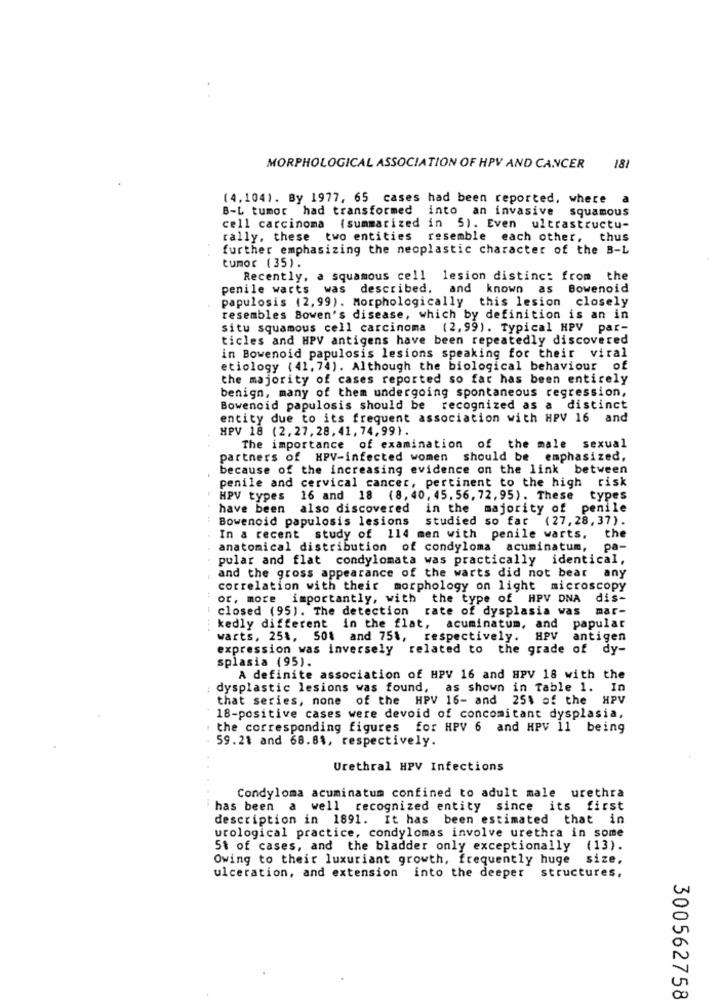
MORPHOLOGICAL ASSOCIATION OF HPV AND CANCER 181
(4,104). By 1977, 65 cases had been reported, where a
B-L tumor had transformed
into an invasive squamous
cell carcinoma (summarized in 5). Even ultrastructu-
rally, these two entities resemble each other, thus
further emphasizing the neoplastic character of the B-L
tumor (35).
Recently, a squamous cell lesion distinc: from the
penile warts was described. and known as Bowenoid
papulosis (2, 99). Morphologically this lesion closely
resembles Bowen's disease, which by definition is an in
situ squamous cell carcinoma
(2,99). Typical HPV par-
ticles and HPV antigens have been repeatedly discovered
in Bowenoid papulosis lesions speaking for their viral
etiology (41, 74). Although the biological behaviour of
the majority of cases reported so far has been entirely
benign, many of them undergoing spontaneous regression,
Bowencid papulosis should be recognized as a distinct
entity due to its frequent association with HPV 16 and
HPV 18 (2.27,28,41, 74,99).
The importance of examination of the male sexual
partners of HPV-infected women should be emphasized,
because of the increasing evidence on the link between
penile and cervical cancer, pertinent to the high risk
HPV types 16 and 18 (8, 40, 45. 56, 72, 95). These types
have been also discovered in the majority of penile
Bowenoid papulosis lesions studied so far (27,28,37).
In a recent study of 114 men with penile warts.
the
anatomical distribution of condyloma acuminatum, pa-
pular and flat condylomata was practically identical,
and the gross appearance of the warts did not bear any
correlation with their morphology on light microscopy
or, more importantly, with the type of HPV DNA
dis-
closed (95). The detection
rate of dysplasia was
mar-
kedly different in the flat, acuminatum, and papular
warts, 25%, 50% and 75%, respectively.
HPV
antigen
expression was inversely related to the grade of dy-
splasia (95).
A definite association of HPV 16 and HPV 18 with the
dysplastic lesions was found, as shown in Table 1. In
that series, none of the HPV 16- and 251 of the HPV
18-positive cases were devoid of concomitant dysplasia,
the corresponding figures for HPV 6 and HPV 11 being
59.21 and 68.8%, respectively.
Urethral HPV Infections
Condyloma acuminatum confined to adult male urethra
has been a well recognized entity since its first
description in 1891. It has been estimated that in
urological practice, condylomas involve urethra in some
5t of cases, and the bladder only exceptionally (13).
Owing to their luxuriant growth, frequently huge size,
ulceration, and extension into the deeper structures,
300562758